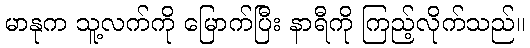
မာနုက သူ့လက်ကို မြောက်ပြီး နာရီကို ကြည့်လိုက်သည်။